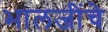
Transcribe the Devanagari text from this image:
भालजींचे